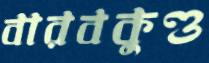
বারবকুণ্ড